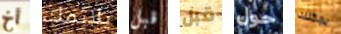
أخ يلائمك قبل قبل حول يمكنك